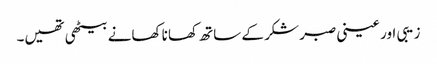
زیبی اور عینی صبر شکر کے ساتھ کھانا کھانے بیٹھی تھیں۔